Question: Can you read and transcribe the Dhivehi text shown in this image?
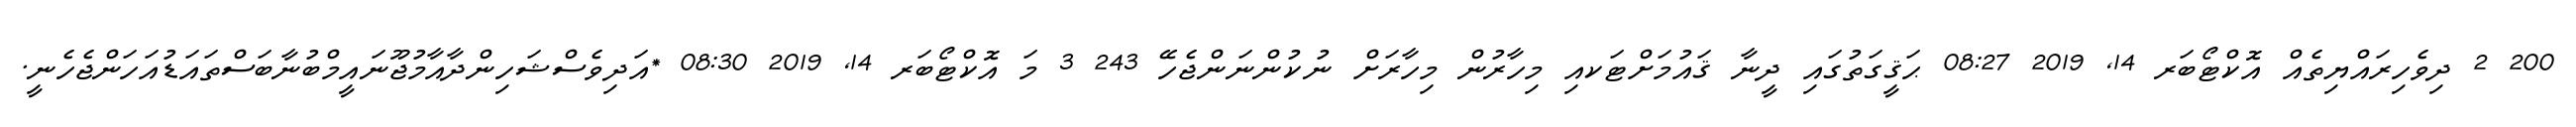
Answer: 200 2 ދިވެހިރައްޔިތެއް އޮކްޓޯބަރ 14, 2019 08:27 ޙަޤީގަތުގައި ދީނާ ޤައުމަށްޓަކއި މިހާރުން މިހާރަށް ނުކުންނަންޖެހޭ 243 3 މަ އޮކްޓޯބަރ 14, 2019 08:30 *އަދިވެސްޝަހިންދާއާމުޖޫނައީމްބުނާބަސްތައަޑުއަހަންޖެހެނީ.